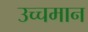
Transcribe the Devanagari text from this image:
उच्चमान